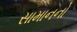
સામાનનો